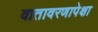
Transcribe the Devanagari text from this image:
वातावरणापेक्षा